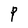
Character: P